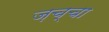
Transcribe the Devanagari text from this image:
ज़च्चा